Vabadussoja_Ajaloo_Komitee, lk 119
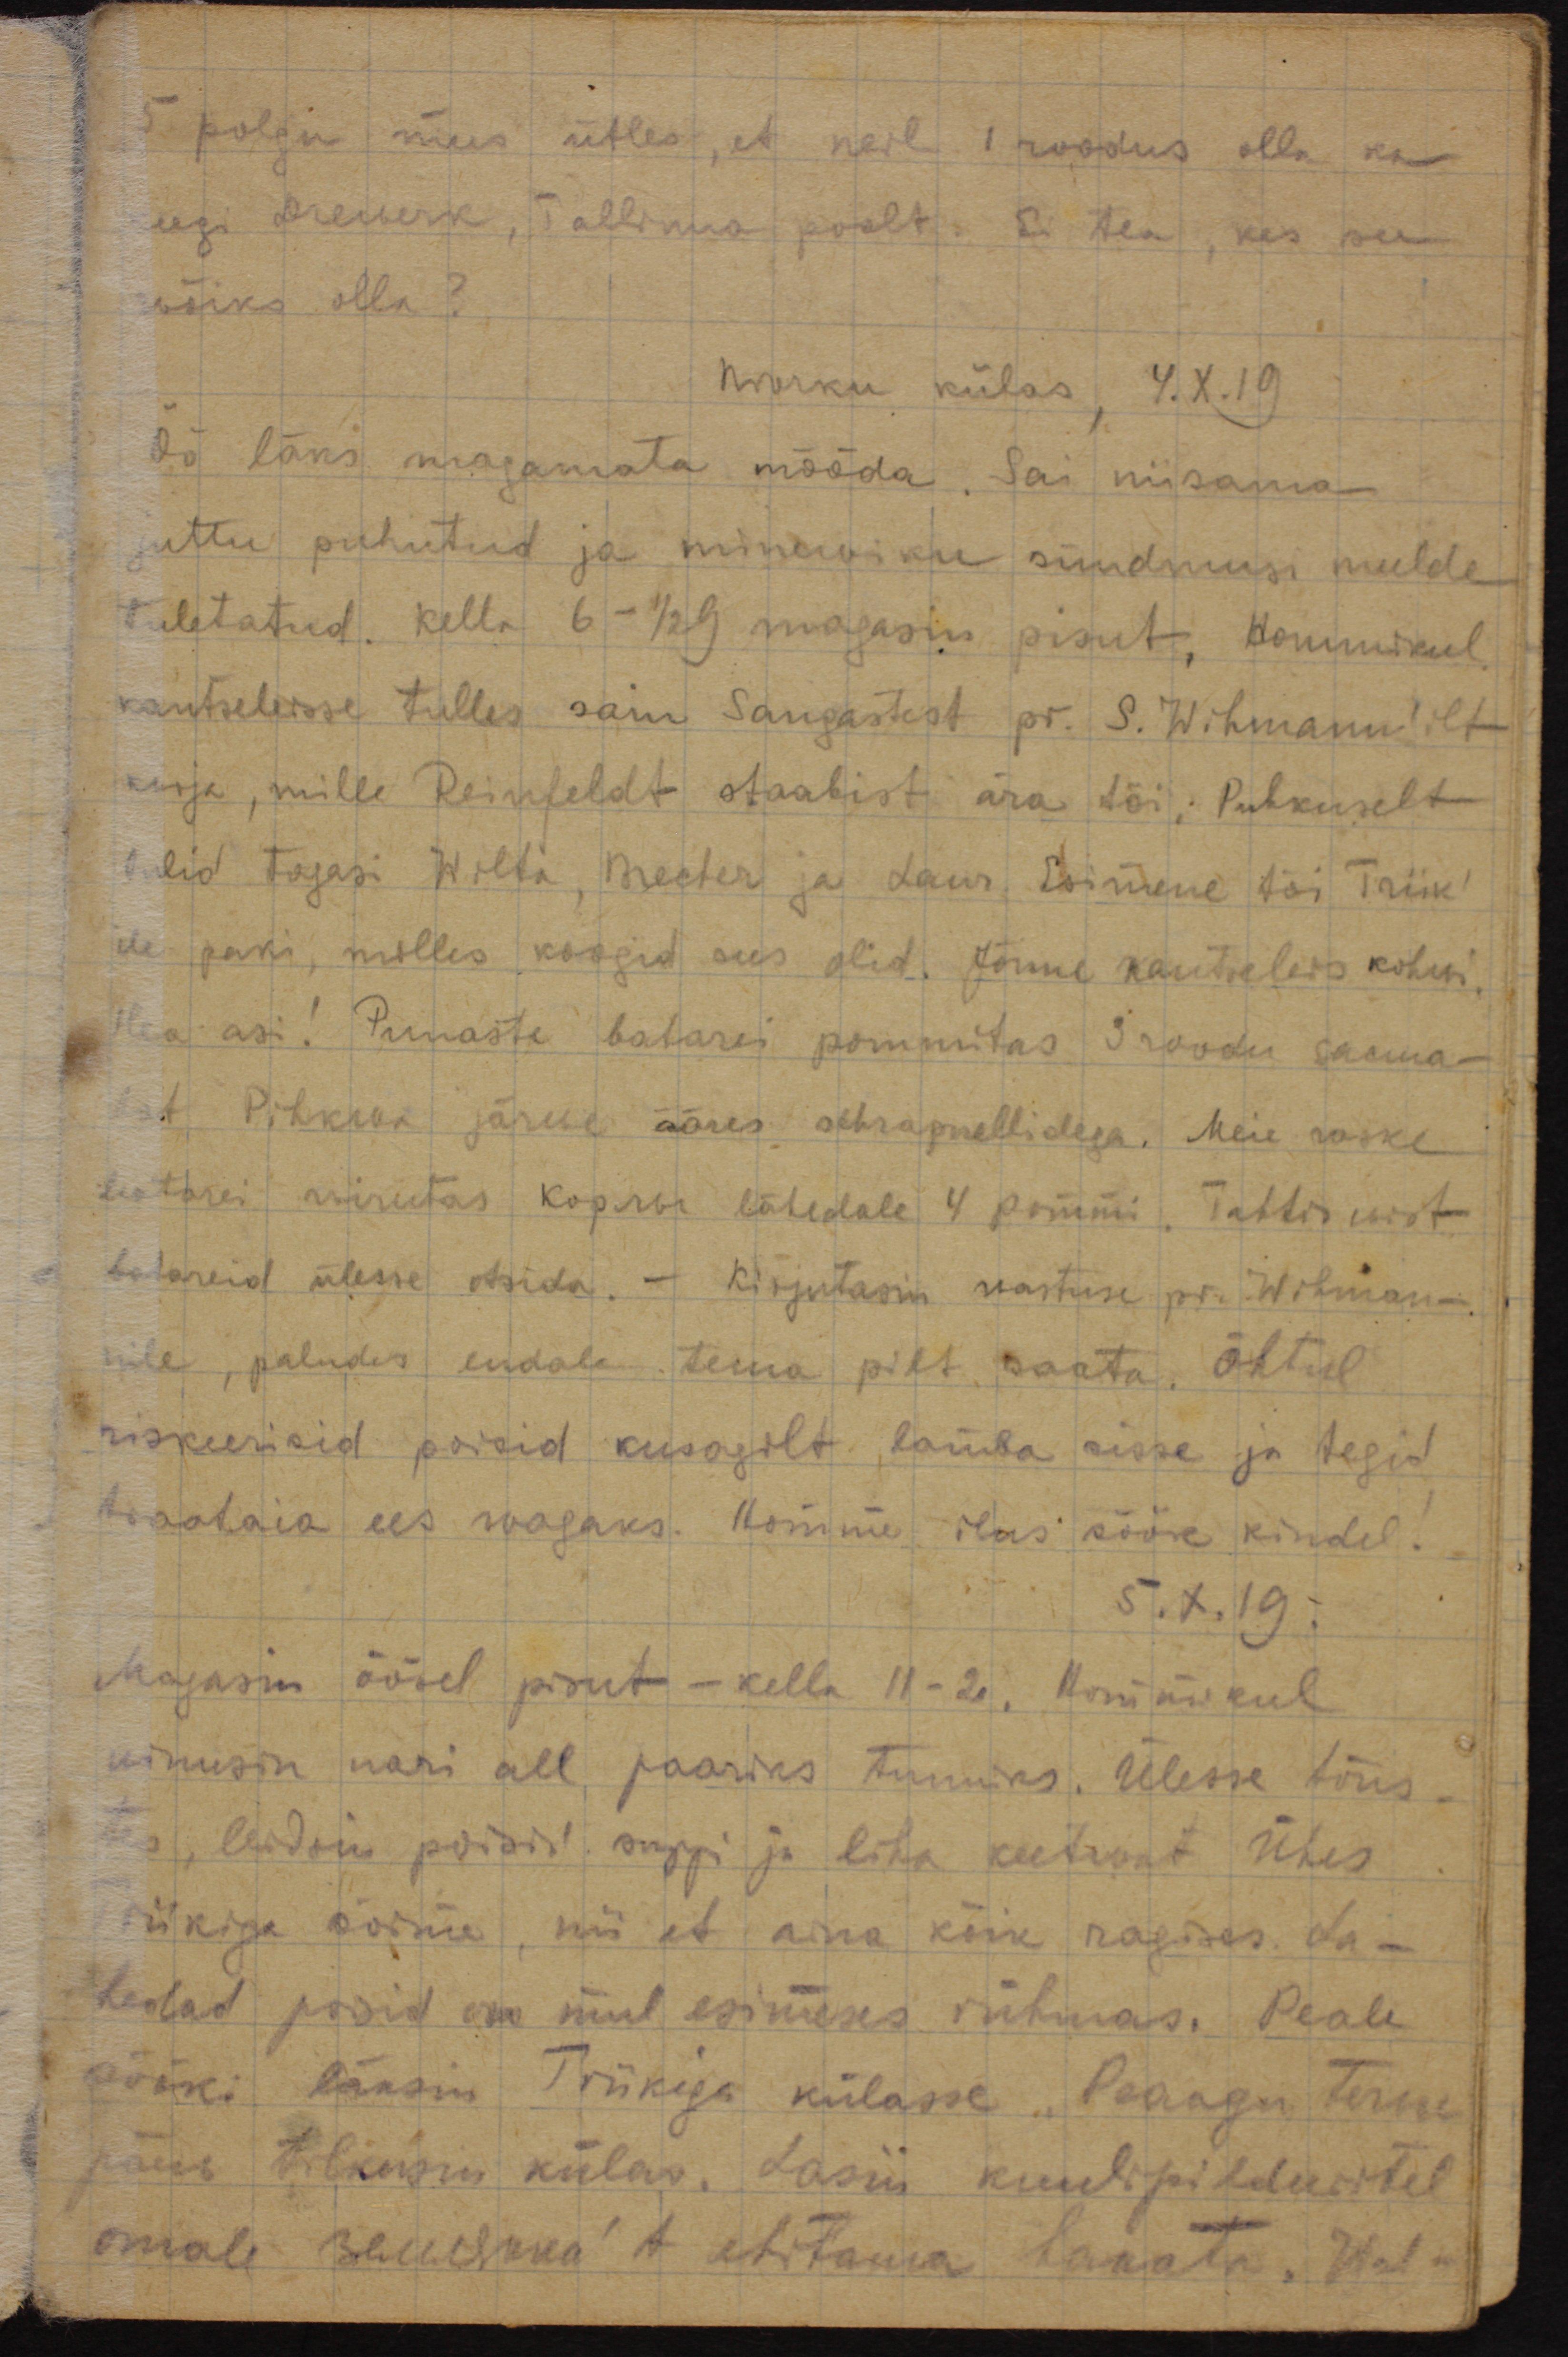
5 polgu mees ütles, et neil 1 roodus olla ka
keegi Drewerk, Tallinna poolt. Ei tea, kes see
wõiks olla?
Печки külas, 4.X.19
Öö läks magamata mööda. Sai niisama
juttu puhutud ja minewiku sündmusi meelde
tuletatud. Kella 6 - 1/2 9 magasin pisut. Hommikul
kantseleisse tulles sain Sangastest pr. S. Wihmann'ilt
kirja, mille Reinfeldt staabist ära tõi. Puhkuselt
tulid tagasi Willi, Meeter ja Laur. Esimene tõi Triik-
ile paki, milles koogid sees olid. Jõime kantseleis kohvi.
Hea asi! Punaste batarei pommitas 3 roodu sauna-
lat Pihkwa järwe ääres schrapnellidega. Meie raske
batarei wirutas lähedale 4 pommi. Tahtis wist
batareid ülesse otsida. Kirjutasin wastuse pr Wihman-
nile, paludes endale tema pilt saata. Õhtul
riskeerisid poisid kusagilt lamba sisse ja tegid
traataia ees wagaks. Homme ilus söök kindel!
5.X.19.
Magasin öösel pisut - kella 11-2. Hommikul
uinusin nari all paariks tunniks. Ülesse tõus-
tes, leidsin poisid suppi ja liha keetmast. Ühes
Triikiga sõime, nii et nina kõik ragises. La
hedad poisid on mul esimeses rühmas. Peale
sööki läksin Triikiga külasse. Peaaegu terwe
päew bolkusni külas. Lasin kuulipilduritel
omale землянка't ehitama hakata. Wal-